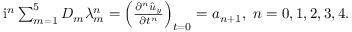
\begin{array} { r } { \mathrm { i } ^ { n } \sum _ { m = 1 } ^ { 5 } D _ { m } \lambda _ { m } ^ { n } = \left( \frac { \partial ^ { n } \hat { u } _ { y } } { \partial t ^ { n } } \right) _ { t = 0 } = a _ { n + 1 } , \ n = 0 , 1 , 2 , 3 , 4 . } \end{array}